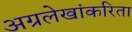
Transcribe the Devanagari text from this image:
अग्रलेखांकरिता